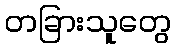
တခြားသူတွေ